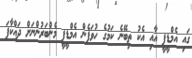
ގައި އެމްޑީޕީ އާއި އެކު ތިބޭނެ ކަމުގެ ހުވަފެން އެމްޑީޕީ މެންބަރުންނަށް ދައްކާފަ